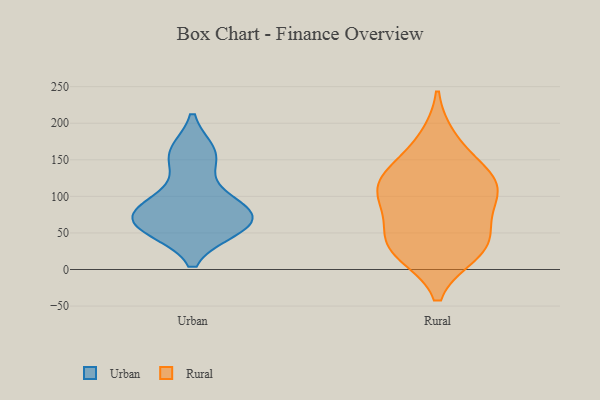
{"axis": {"x": "Tickets Resolved", "y": "Value"}, "legend": ["Rural", "Urban"], "data": [{"x": "", "y": 64, "type": "Urban"}, {"x": "", "y": 160, "type": "Urban"}, {"x": "", "y": 61, "type": "Urban"}, {"x": "", "y": 63, "type": "Urban"}, {"x": "", "y": 94, "type": "Urban"}, {"x": "", "y": 56, "type": "Urban"}, {"x": "", "y": 56, "type": "Urban"}, {"x": "", "y": 149, "type": "Urban"}, {"x": "", "y": 160, "type": "Urban"}, {"x": "", "y": 75, "type": "Urban"}, {"x": "", "y": 88, "type": "Urban"}, {"x": "", "y": 88, "type": "Urban"}, {"x": "", "y": 37, "type": "Rural"}, {"x": "", "y": 24, "type": "Rural"}, {"x": "", "y": 177, "type": "Rural"}, {"x": "", "y": 36, "type": "Rural"}, {"x": "", "y": 32, "type": "Rural"}, {"x": "", "y": 137, "type": "Rural"}, {"x": "", "y": 79, "type": "Rural"}, {"x": "", "y": 98, "type": "Rural"}, {"x": "", "y": 121, "type": "Rural"}, {"x": "", "y": 120, "type": "Rural"}, {"x": "", "y": 107, "type": "Rural"}]}